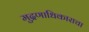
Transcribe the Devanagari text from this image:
मुद्रणाधिकाराचा